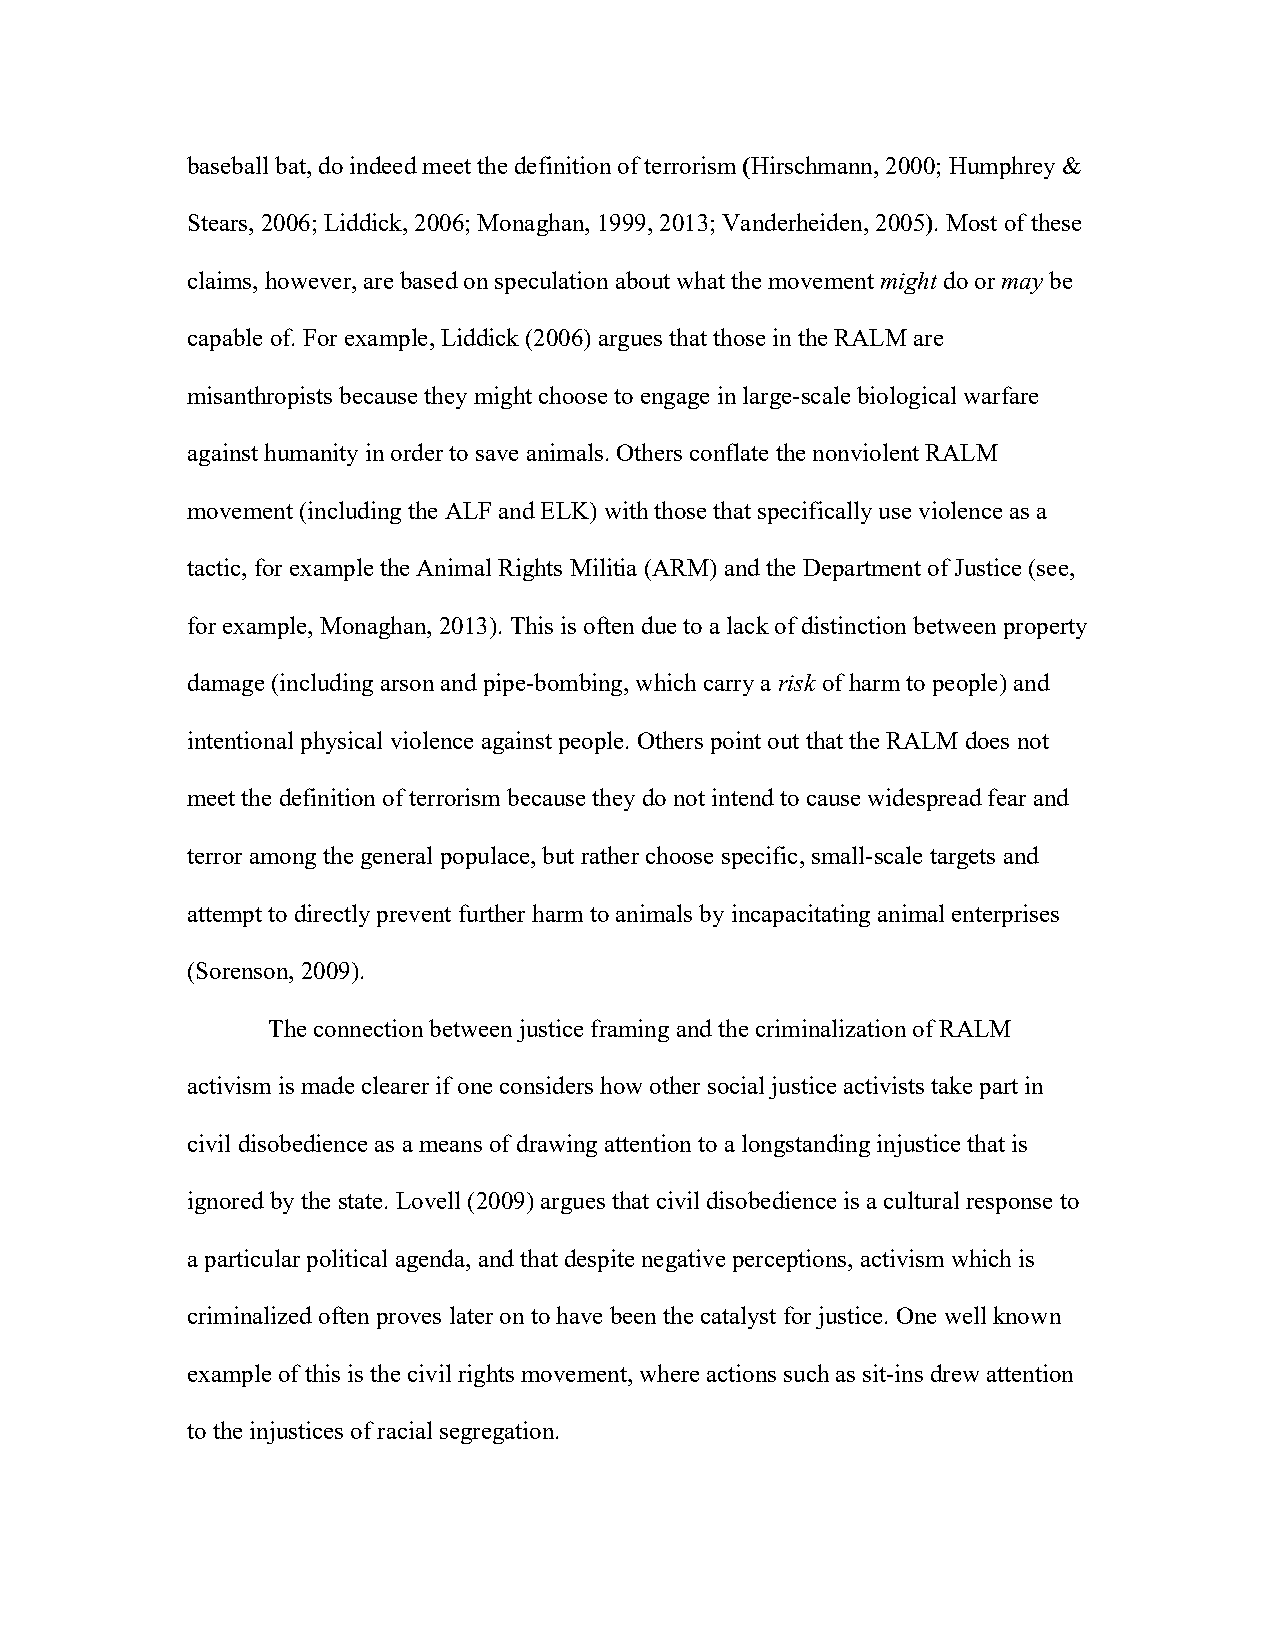
baseball bat, do indeed meet the definition of terrorism (Hirschmann, 2000; Humphrey &
 Stears, 2006; Liddick, 2006; Monaghan, 1999, 2013; Vanderheiden, 2005). Most of these
 claims, however, are based on speculation about what the movement might do or may be
 capable of. For example, Liddick (2006) argues that those in the RALM are
 misanthropists because they might choose to engage in large-scale biological warfare
 against humanity in order to save animals. Others conflate the nonviolent RALM
 movement (including the ALF and ELK) with those that specifically use violence as a
 tactic, for example the Animal Rights Militia (ARM) and the Department of Justice (see,
 for example, Monaghan, 2013). This is often due to a lack of distinction between property
 damage (including arson and pipe-bombing, which carry a risk of harm to people) and
 intentional physical violence against people. Others point out that the RALM does not
 meet the definition of terrorism because they do not intend to cause widespread fear and
 terror among the general populace, but rather choose specific, small-scale targets and
 attempt to directly prevent further harm to animals by incapacitating animal enterprises
 (Sorenson, 2009).
 The connection between justice framing and the criminalization of RALM
 activism is made clearer if one considers how other social justice activists take part in
 civil disobedience as a means of drawing attention to a longstanding injustice that is
 ignored by the state. Lovell (2009) argues that civil disobedience is a cultural response to
 a particular political agenda, and that despite negative perceptions, activism which is
 criminalized often proves later on to have been the catalyst for justice. One well known
 example of this is the civil rights movement, where actions such as sit-ins drew attention
 to the injustices of racial segregation.